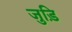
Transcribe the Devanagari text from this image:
जुड़ि